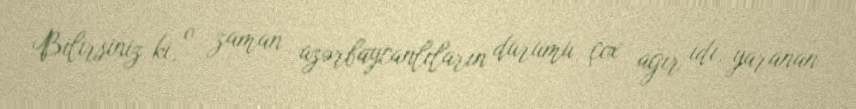
Bilirsiniz ki, o zaman azərbaycanlıların durumu çox ağır idi, yaranan